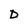
Character: D